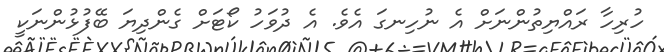
ހުރިހާ ރައްޔިތުންނަށް އެ ނުހިނގަ އެވެ. އެ ދުވަހު ކޯޓަށް ގެންދިޔަ ބޭފުޅުންނަކީ